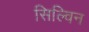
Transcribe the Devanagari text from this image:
सिल्विन